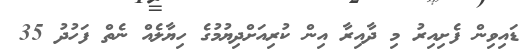
ޑައިވިން ފެށިއިރު މި ދާއިރާ އިން ކުރިއަށްދިޔުމުގެ ހިޔާލެއް ނެތް ފަހުދު 35